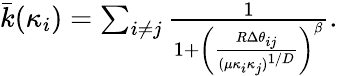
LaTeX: \begin{array}{r}{\bar{k}(\kappa_{i})=\sum_{i\neq j}\frac{1}{1+\left(\frac{R\Delta\theta_{ij}}{(\mu\kappa_{i}\kappa_{j})^{1/D}}\right)^{\beta}}.}\end{array}